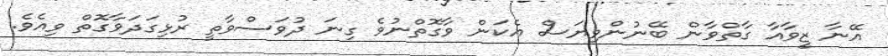
އޭނާ ޒީވާއާ ގާތްވާން ބޭނުންވިޔަސް އެކަން ވާގޮތްނުވެ ގިނަ ދުވަސްވާތީ ރުޅިގަދަވާގޮތް ވިއެވެ.